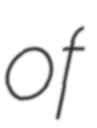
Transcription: of